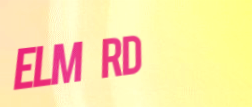
Elm Rd